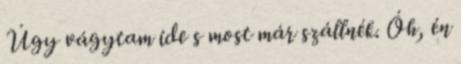
Úgy vágytam ide s most már szállnék. Óh, én